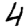
Digit: 4